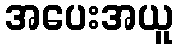
အပေးအယူ